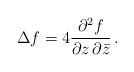
LaTeX: \begin{align*} \Delta f=4\dfrac{\partial ^2f}{\partial z\,\partial \bar z}\,.\end{align*}